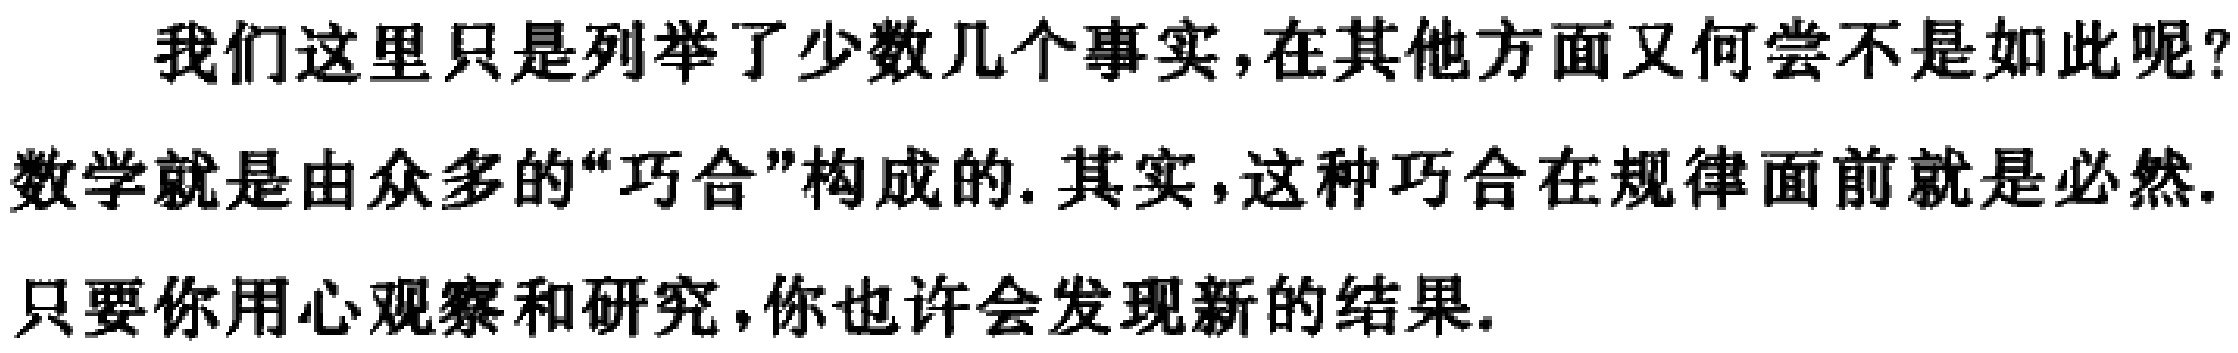
我们这里只是列举了少数几个事实,在其他方面又何尝不是如此呢？数学就是由众多的“巧合”构成的. 其实,这种巧合在规律面前就是必然.只要你用心观察和研究,你也许会发现新的结果.